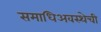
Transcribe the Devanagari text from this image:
समाधिअवस्थेची